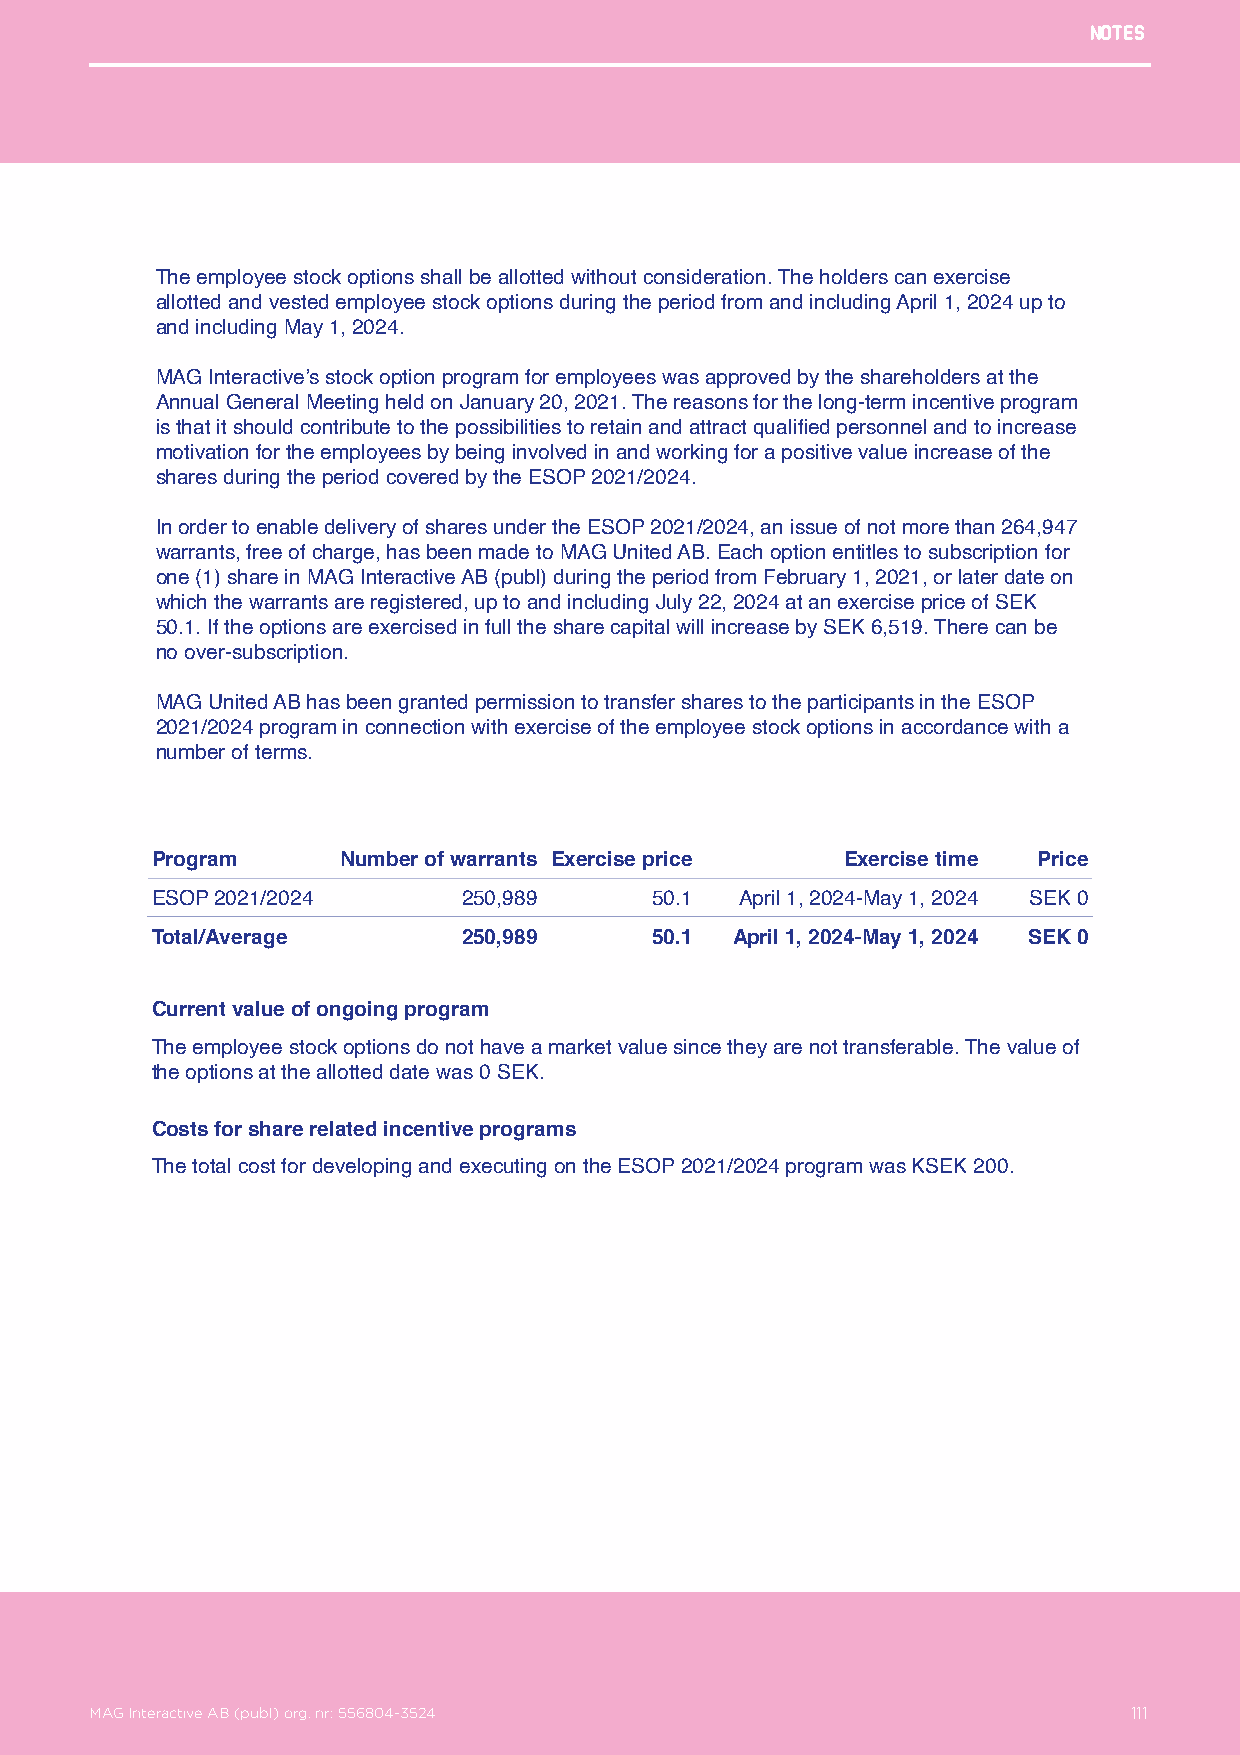
Notes
 The employee stock options shall be allotted without consideration. The holders can exercise
 allotted and vested employee stock options during the period from and including April 1, 2024 up to
 and including May 1, 2024.
 MAG Interactive’s stock option program for employees was approved by the shareholders at the
 Annual General Meeting held on January 20, 2021. The reasons for the long-term incentive program
 is that it should contribute to the possibilities to retain and attract qualified personnel and to increase
 motivation for the employees by being involved in and working for a positive value increase of the
 shares during the period covered by the ESOP 2021/2024.
 In order to enable delivery of shares under the ESOP 2021/2024, an issue of not more than 264,947
 warrants, free of charge, has been made to MAG United AB. Each option entitles to subscription for
 one (1) share in MAG Interactive AB (publ) during the period from February 1, 2021, or later date on
 which the warrants are registered, up to and including July 22, 2024 at an exercise price of SEK
 50.1. If the options are exercised in full the share capital will increase by SEK 6,519. There can be
 no over-subscription.
 MAG United AB has been granted permission to transfer shares to the participants in the ESOP
 2021/2024 program in connection with exercise of the employee stock options in accordance with a
 number of terms.
 Program      Number of warrants Exercise price Exercise time Price
 ESOP 2021/2024       250,989     50.1  April 1, 2024-May 1, 2024 SEK 0
 Total/Average        250,989     50.1 April 1, 2024-May 1, 2024 SEK 0
 Current value of ongoing program
 The employee stock options do not have a market value since they are not transferable. The value of
 the options at the allotted date was 0 SEK.
 Costs for share related incentive programs
 The total cost for developing and executing on the ESOP 2021/2024 program was KSEK 200.
 MAG Interactive AB (publ) org. nr: 556804-3524                  111
 MAG Interactive AB (publ) org. nr: 556804-3524                       111